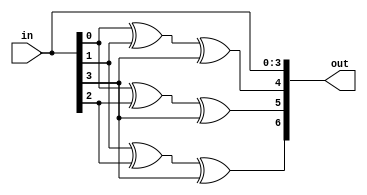
module hamming_coder(input[3:0] in, output[6:0] out);

assign out[0] = in[0];
assign out[1] = in[1];
assign out[2] = in[2];
assign out[3] = in[3];
assign out[4] = in[0] ^ in[1] ^ in[3];
assign out[5] = in[0] ^ in[2] ^ in[3];
assign out[6] = in[1] ^ in[2] ^ in[3];

endmodule